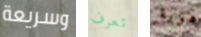
وسريعة تعرف هوية